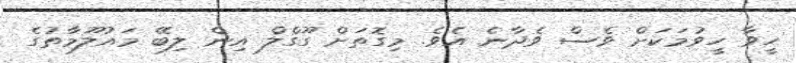
ހީވާ ހީވުމަކަށް ވެސް ވެދާނެ އެވެ. މިގޮތަށް ގޫގްލް އިން ލިބޭ މައުލޫމާތުގެ